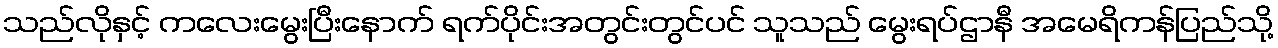
သည်လိုနှင့် ကလေးမွေးပြီးနောက် ရက်ပိုင်းအတွင်းတွင်ပင် သူသည် မွေးရပ်ဌာနီ အမေရိကန်ပြည်သို့